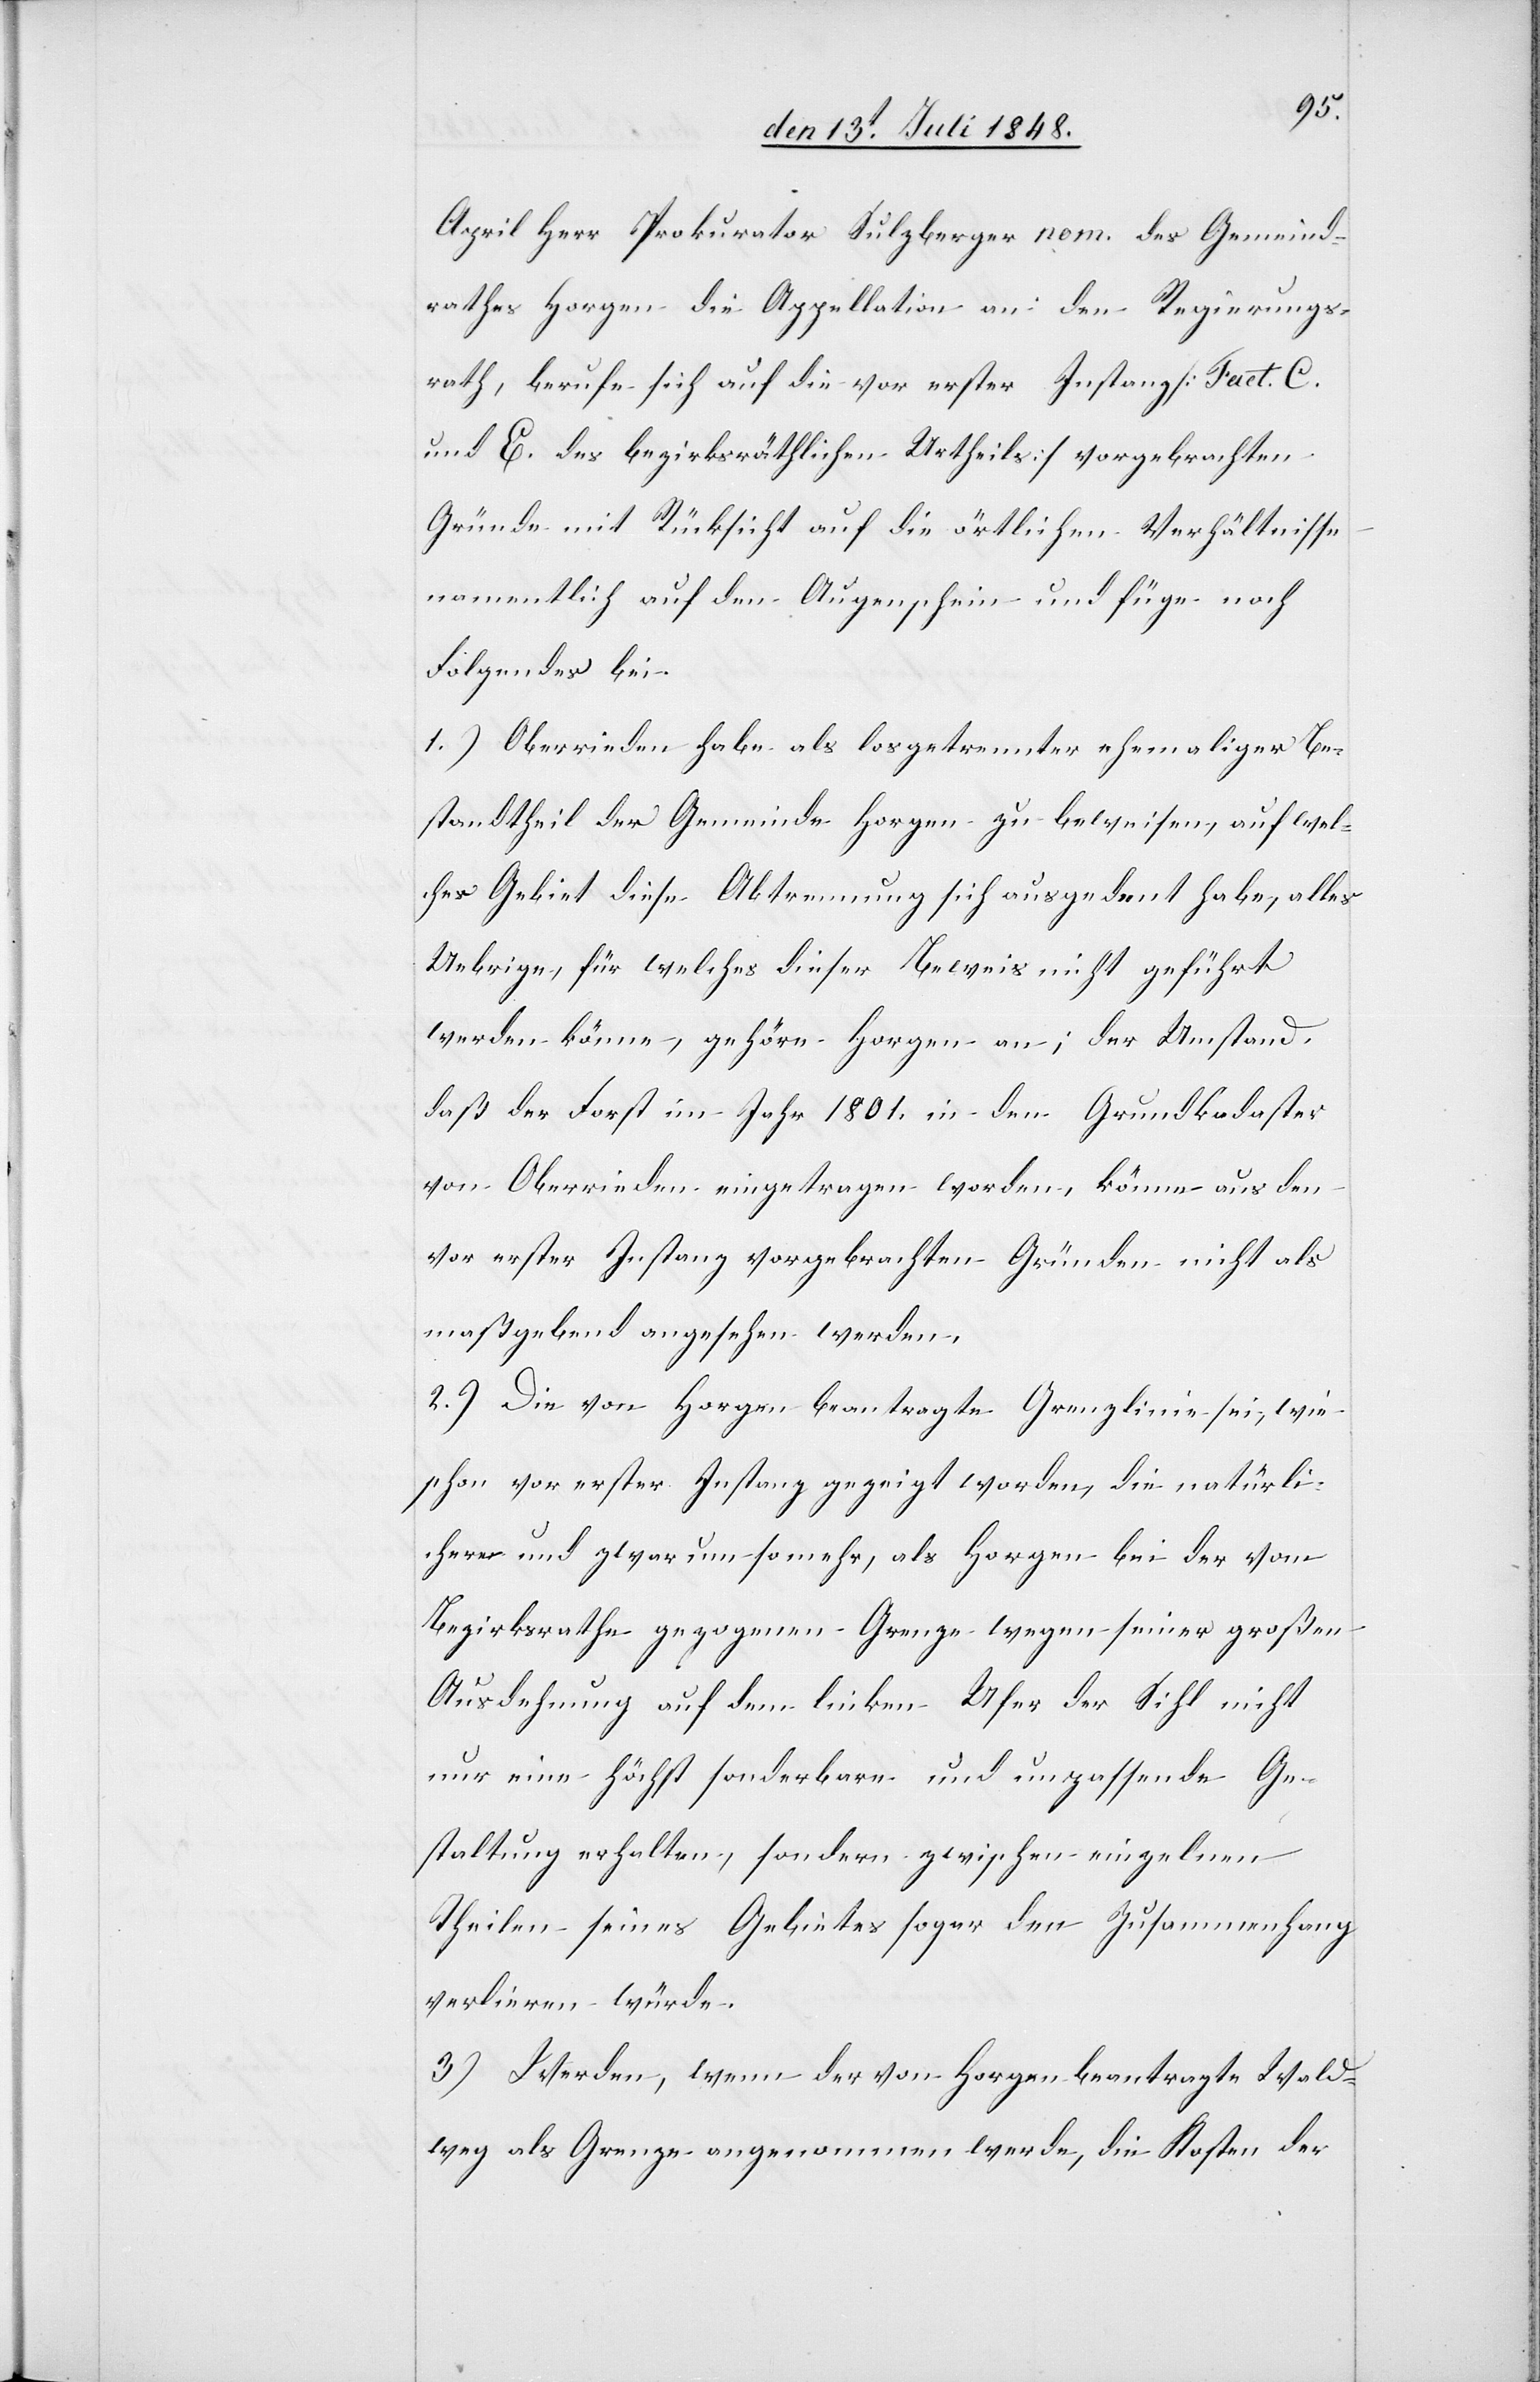
April Herr Prokurator Sulzberger nom. des Gemeind¬
rathes Horgen die Appellation an den Regierungs¬
rath, berufe sich auf die vor erster Instanz [Fact. C
und E. des bezirksräthlichen Urtheils] vorgebrachten
Gründe mit Rücksicht auf die örtlichen Verhältnisse
namentlich auf den Augenschein und füge noch
Folgendes bei.
1.) Oberrieden habe als losgetrennter ehemaliger Be¬
standtheil der Gemeinde Horgen zu beweisen, auf wel¬
ches Gebiet diese Abtrennung sich ausgedent habe, alles
Uebrige, für welches dieser Beweis nicht geführt
werden könne, gehöre Horgen an; der Umstand,
daß der Forst im Jahr 1801. in den Grundkadaster
von Oberrieden eingetragen worden, könne aus den
vor erster Instanz vorgebrachten Gründen nicht als
maßgebend angesehen werden.
2.) Die von Horgen beantragte Grenzlinie sei, wie
schon vor erster Instanz gezeigt worden, die natürli¬
chere und zwar um so mehr, als Horgen bei der vom
Bezirksrathe gezogenen Grenze wegen seiner großen
Ausdehnung auf dem linken Ufer der Sihl nicht
nur eine höchst sonderbare und unpassende Ge¬
staltung erhalten, sondern zwischen einzelnen
Theilen seines Gebietes sogar den Zusammenhang
verlieren würde.
3.) Werden, wenn der von Horgen beantragte Wald¬
weg als Grenze angenommen werde, die Kosten der